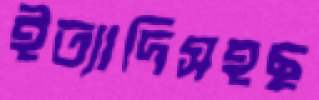
ইত্যাদিসহছ